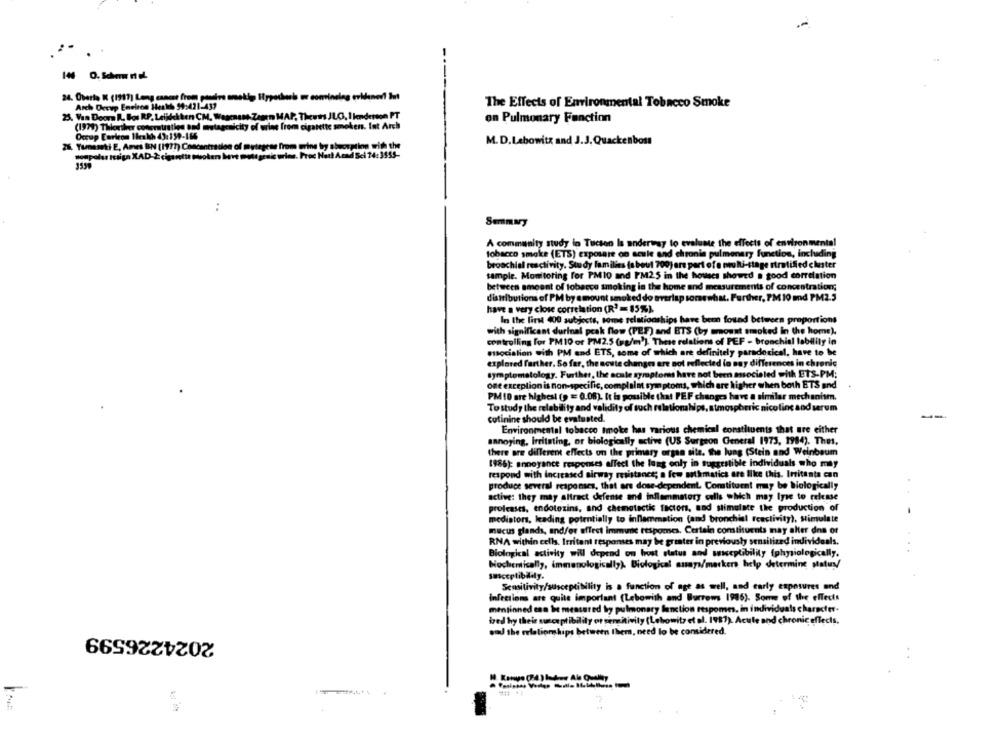
14 0. Schem ri el.
24. Oberts K (1917) Long cancar from passive amekig Hypotherb
The Effects of Environmental Tobacco Smoke
Arch Occup Environ Health 99:421-437
25. Van Doorn R. Bos RP. Leijdekken CM, Waarnass Zesen MAP,
on Pulmonary Function
(1979) Thienther congratstien und mutagenicity of urine from
Arch
Occup Carleon Health 43:159-186
M. D.Lebowitz and J.J.Quackenbost
25, Tamamki E, Ames BN (1977) Concentration of mytagese from
:
Summary
A community study in Tucson Is underway to evaluate the effects of environmental
tobacco smoke (ETS) exposare on acule and chronie pulmonary function, including
bronchial reactivity. Study families (about 700) ers part ofa multi-stage stratified cluster
sample. Monitoring for PM10 and PM25 in the houses showed a good correlation
between amount of tobacco smoking in the home and measurements of concentration;
distributions of PM by amount smoked do overlap sonswhat. Further, PM 10 md PM2.5
have a very close correlation (R) = 85%).
In the first 400 subjects, some relationships have been found between proportions
with significant durinal peak flow (PEF) and BTS (by amount smoked in the home).
controlling for PM10 or PM2.5 (g/m)). These relations of PEF - bronchial lability in
esocialion with PM and ETS, some of which are definitely paradoxical, have to be
explored farther. So far, the acute changes are not reflected lo say differences in chronic
symptomstology. Further, the scale symptoms have not been associated with ETS-PM;
offe exception is non-specific, complaint symptoms, which are higher when both ETS and
PM10 are highest (p = 0.08). It is possible that PEF changes have a similar mechanism.
Tostudy the relability and validity of such relational
ips, atmospheric nicoline and serum
cotinine should be evaluated.
Environmental tobacco smoke has various chemical constituents that are either
annoying, Irritating, or biologically active (US Surgeon General 1973, 1984). Thes.
there are different effects on the primary argan site. the lung (Stein and Weinbaum
1986): annoyance responses affect the lung only in suggestible individuals who may
respond with increased airway resistance; a few mathematics are like this. Irritants can
produce several responses, that are dose-dependent. Constituent may be biologically
active: they may altract defense and inflammatory cells which may lyse to release
proleases, endotoxins, and chemotactic factors, and stimulate the production of
mediators, leading potentially to inflammation (and bronchial reactivity), Simulate
mucus glands, and/or effect immune responses. Certain constituents may alter dns or
RNA within cells. Irritant responses may be greater in previously sensitized individuals.
Biological activity will depend on host status and susceptibility (physiologically.
Nochemically, immunologically). Biologkal suays/markers help determine status/
suceptibildly.
Sensitivity/susceptibility is a function of age as well, and early exposures and
infections are quite important (Lebowith and Burrows 1986). Some of the effects
mentioned can be measured by pulmonary function respomes, in individuals character.
bred hy thele suce ptibilily or sensitivity (Lebowitz et al. 1987). Acule and chronic effects.
2024226599
so the relationships between them, need lo be considered.
H. Konvo (74.) lash-we Ale Quellay